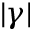
| \gamma |